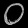
Digit: ၀